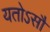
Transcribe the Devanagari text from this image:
यतोऽसौ